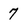
Character: 7